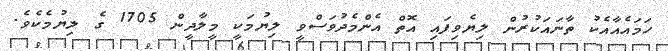
ހަމައެއާއެކު ތާނައަކުރުން ލިޔެވިފައި އޮތް އެންމެދުވަސްވީ ލިޔުމަކީ މީލާދީން 1705 ގެ ލިޔުމެކެވެ.